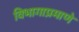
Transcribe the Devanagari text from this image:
विभागाप्रमाणे